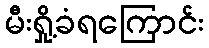
မီးရှို့ခံရကြောင်း